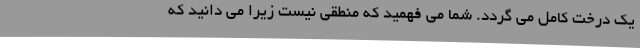
یک درخت کامل می گردد. شما می فهمید که منطقی نیست زیرا می دانید که